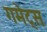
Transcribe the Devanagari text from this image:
गमेट्स